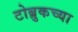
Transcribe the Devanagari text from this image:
टोब्रुकच्या